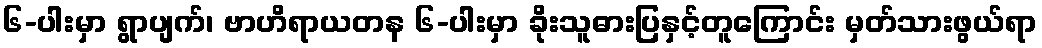
၆-ပါးမှာ ရွာပျက်၊ ဗာဟိရာယတန ၆-ပါးမှာ ခိုးသူဓားပြနှင့်တူကြောင်း မှတ်သားဖွယ်ရာ